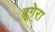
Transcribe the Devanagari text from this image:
ब्रूगेरा